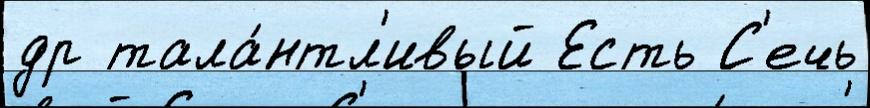
др тала́нтл'ивый Есть С'ечь